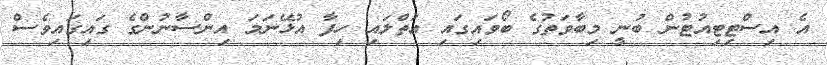
އެ އިސްޓިޓިއުޓުން ބުނީ މިބާވަތުގެ ބޯވައިގައި އަތްލައި ހިފާ އުޅޭނަމަ އިންސާނުންގެ ގައިގައިވެސް